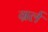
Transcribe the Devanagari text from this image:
ग्रर्ल